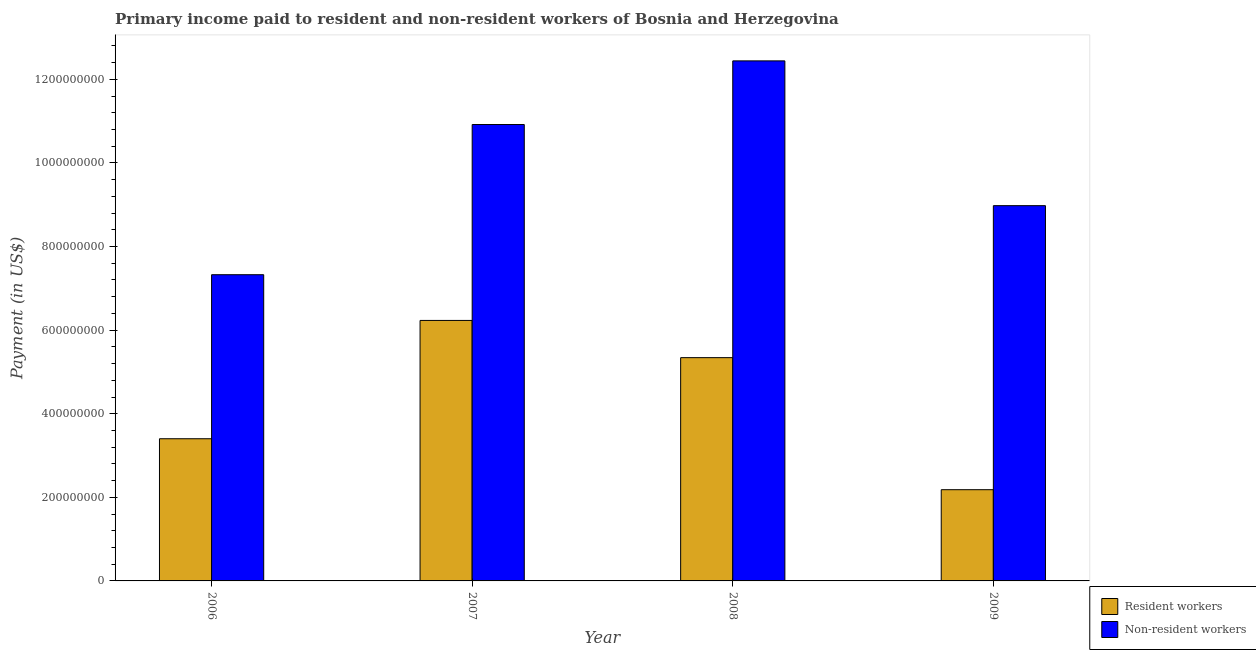
| Year | Resident workers | Non-resident workers |
 | --- | --- | --- |
 | 2006 | 3.4e+08 | 7.33e+08 |
 | 2007 | 6.23e+08 | 1.09e+09 |
 | 2008 | 5.34e+08 | 1.24e+09 |
 | 2009 | 2.18e+08 | 8.98e+08 |